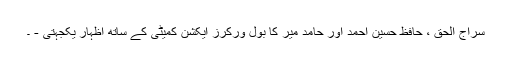
سراج الحق ، حافظ حسین احمد اور حامد میر کا بول ورکرز ایکشن کمیٹی کے ساتھ اظہار یکجہتی - ۔